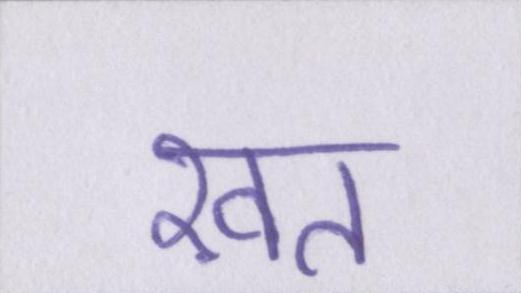
ख़त